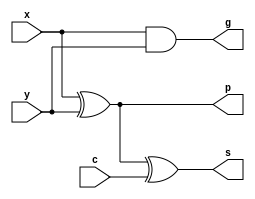
module PFA
(
	/*input*/
	input wire c,
	input wire x,
	input wire y,
	/*output*/
	output wire p,
	output wire g,
	output wire s
);
	assign p = x ^ y; 
	assign g = x && y;
	assign s = p ^ c;

endmodule